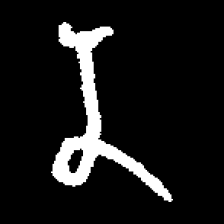
Pyu character \u2014 Myanmar letter: န (romanized: na)